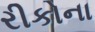
રીકોના